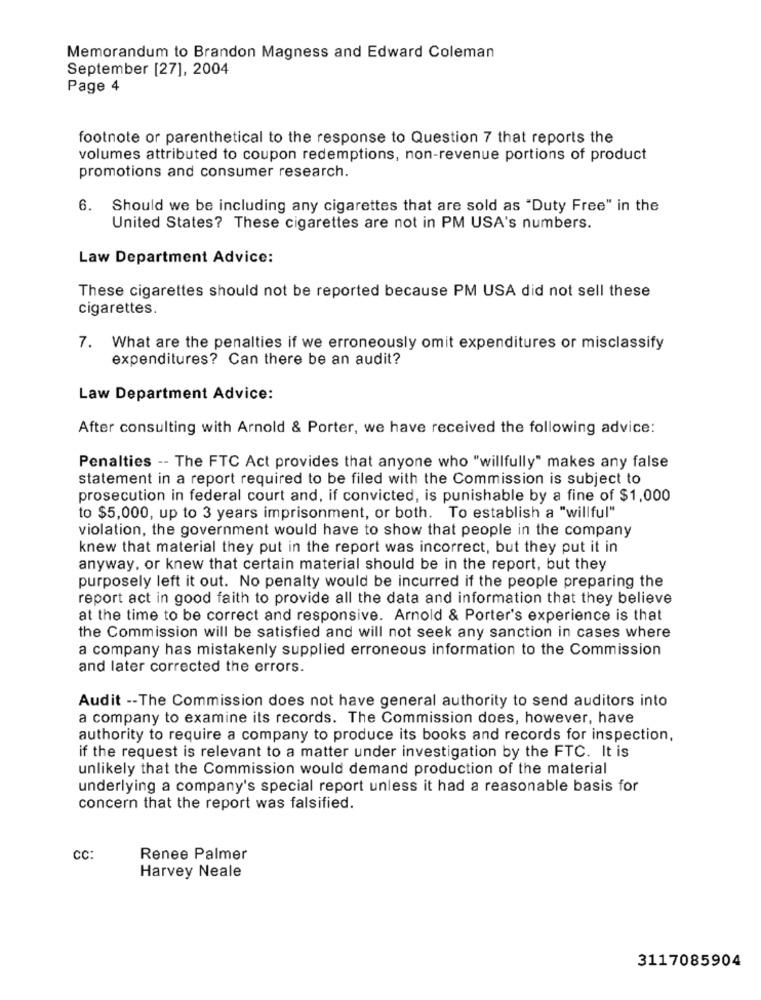
Memorandum to Brandon Magness and Edward Coleman
September [27], 2004
Page 4
footnote or parenthetical to the response to Question 7 that reports the
volumes attributed to coupon redemptions, non-revenue portions of product
promotions and consumer research.
6. Should we be including any cigarettes that are sold as "Duty Free" in the
United States? These cigarettes are not in PM USA's numbers.
Law Department Advice:
These cigarettes should not be reported because PM USA did not sell these
cigarettes.
7. What are the penalties if we erroneously omit expenditures or misclassify
expenditures? Can there be an audit?
Law Department Advice:
After consulting with Arnold & Porter, we have received the following advice:
Penalties -- The FTC Act provides that anyone who "willfully" makes any false
statement in a report required to be filed with the Commission is subject to
prosecution in federal court and, if convicted, is punishable by a fine of $1,000
to $5,000, up to 3 years imprisonment, or both. To establish a "willful"
violation, the government would have to show that people in the company
knew that material they put in the report was incorrect, but they put it in
anyway, or knew that certain material should be in the report, but they
purposely left it out. No penalty would be incurred if the people preparing the
report act in good faith to provide all the data and information that they believe
at the time to be correct and responsive. Arnold & Porter's experience is that
the Commission will be satisfied and will not seek any sanction in cases where
a company has mistakenly supplied erroneous information to the Commission
and later corrected the errors.
Audit -- The Commission does not have general authority to send auditors into
a company to examine its records. The Commission does, however, have
authority to require a company to produce its books and records for inspection,
if the request is relevant to a matter under investigation by the FTC. It is
unlikely that the Commission would demand production of the material
underlying a company's special report unless it had a reasonable basis for
concern that the report was falsified.
CC:
Renee Palmer
Harvey Neale
3117085904